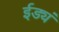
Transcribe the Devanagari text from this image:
ईड्यं